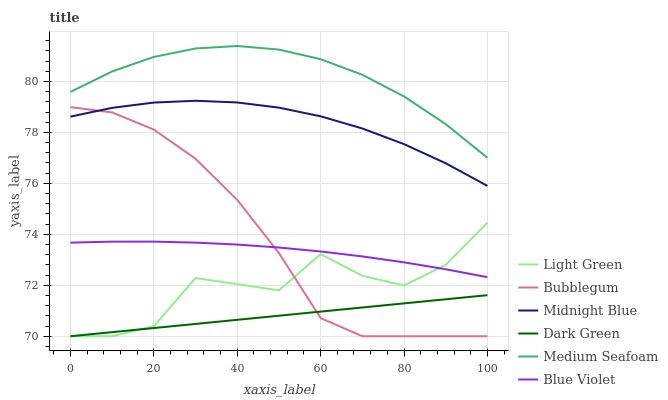
| xaxis_label | Light Green | Bubblegum | Midnight Blue | Dark Green | Medium Seafoam | Blue Violet |
 | --- | --- | --- | --- | --- | --- | --- |
 | 0 | 70 | 79 | 78.6 | 70 | 79.6 | 73.7 |
 | 10 | 70 | 78.8 | 79 | 70.2 | 80.4 | 73.7 |
 | 20 | 70.4 | 78.1 | 79.2 | 70.3 | 81 | 73.7 |
 | 30 | 72.3 | 77 | 79.2 | 70.5 | 81.3 | 73.7 |
 | 40 | 72 | 75.4 | 79.2 | 70.6 | 81.4 | 73.6 |
 | 50 | 71.8 | 73.3 | 79 | 70.8 | 81.3 | 73.5 |
 | 60 | 73.2 | 70.7 | 78.6 | 71 | 80.9 | 73.3 |
 | 70 | 72.4 | 70 | 78.2 | 71.1 | 80.3 | 73.1 |
 | 80 | 72 | 70 | 77.5 | 71.3 | 79.4 | 72.9 |
 | 90 | 72.8 | 70 | 76.8 | 71.5 | 78.3 | 72.6 |
 | 100 | 74.5 | 70 | 75.9 | 71.6 | 77 | 72.3 |